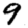
Digit: 9